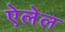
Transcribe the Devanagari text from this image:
ऐलेल